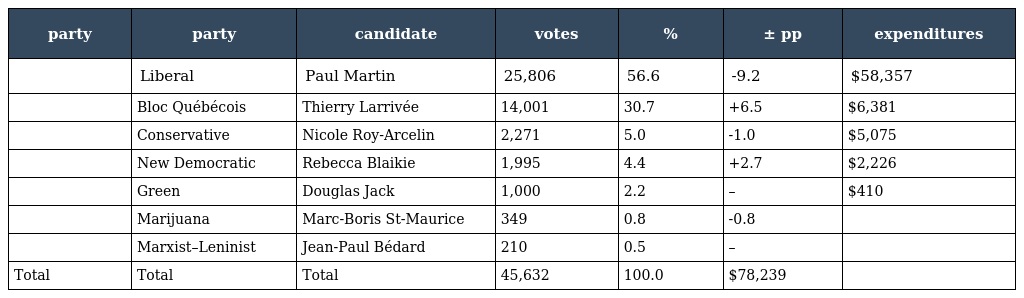
| party | party | candidate | votes | % | ± pp | expenditures |
 | --- | --- | --- | --- | --- | --- | --- |
 |  | Liberal | Paul Martin | 25,806 | 56.6 | -9.2 | $58,357 |
 |  | Bloc Québécois | Thierry Larrivée | 14,001 | 30.7 | +6.5 | $6,381 |
 |  | Conservative | Nicole Roy-Arcelin | 2,271 | 5.0 | -1.0 | $5,075 |
 |  | New Democratic | Rebecca Blaikie | 1,995 | 4.4 | +2.7 | $2,226 |
 |  | Green | Douglas Jack | 1,000 | 2.2 | – | $410 |
 |  | Marijuana | Marc-Boris St-Maurice | 349 | 0.8 | -0.8 |  |
 |  | Marxist–Leninist | Jean-Paul Bédard | 210 | 0.5 | – |  |
 | Total | Total | Total | 45,632 | 100.0 | $78,239 |  |